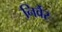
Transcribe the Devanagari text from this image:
निर्वैर